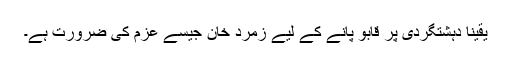
یقینا دہشتگردی پر قابو پانے کے لیے زمرد خان جیسے عزم کی ضرورت ہے۔